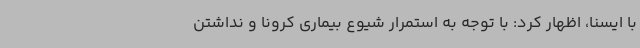
با ایسنا، اظهار کرد: با توجه به استمرار شیوع بیماری کرونا و نداشتن